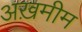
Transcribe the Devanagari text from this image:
अख़मीम